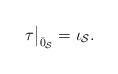
LaTeX: \begin{align*}\tau\big|_{\bar{0}_{\mathcal{S}}}=\iota_{\mathcal{S}}.\end{align*}